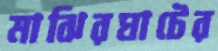
মাঝিরঘাটের